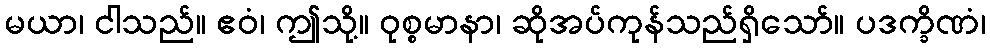
မယာ၊ ငါသည်။ ဧဝံ၊ ဤသို့။ ဝုစ္စမာနာ၊ ဆိုအပ်ကုန်သည်ရှိသော်။ ပဒက္ခိဏံ၊